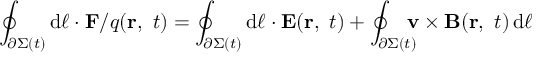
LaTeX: \oint _ { \partial \Sigma ( t ) } \mathrm { d } { \boldsymbol { \ell } } \cdot \mathbf { F } / q ( \mathbf { r } , \ t ) = \oint _ { \partial \Sigma ( t ) } \mathrm { d } { \boldsymbol { \ell } } \cdot \mathbf { E } ( \mathbf { r } , \ t ) + \oint _ { \partial \Sigma ( t ) } \! \! \! \! \mathbf { v } \times \mathbf { B } ( \mathbf { r } , \ t ) \, \mathrm { d } { \boldsymbol { \ell } }